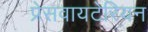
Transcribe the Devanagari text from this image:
प्रेसवायटेरियन